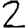
Digit: 2